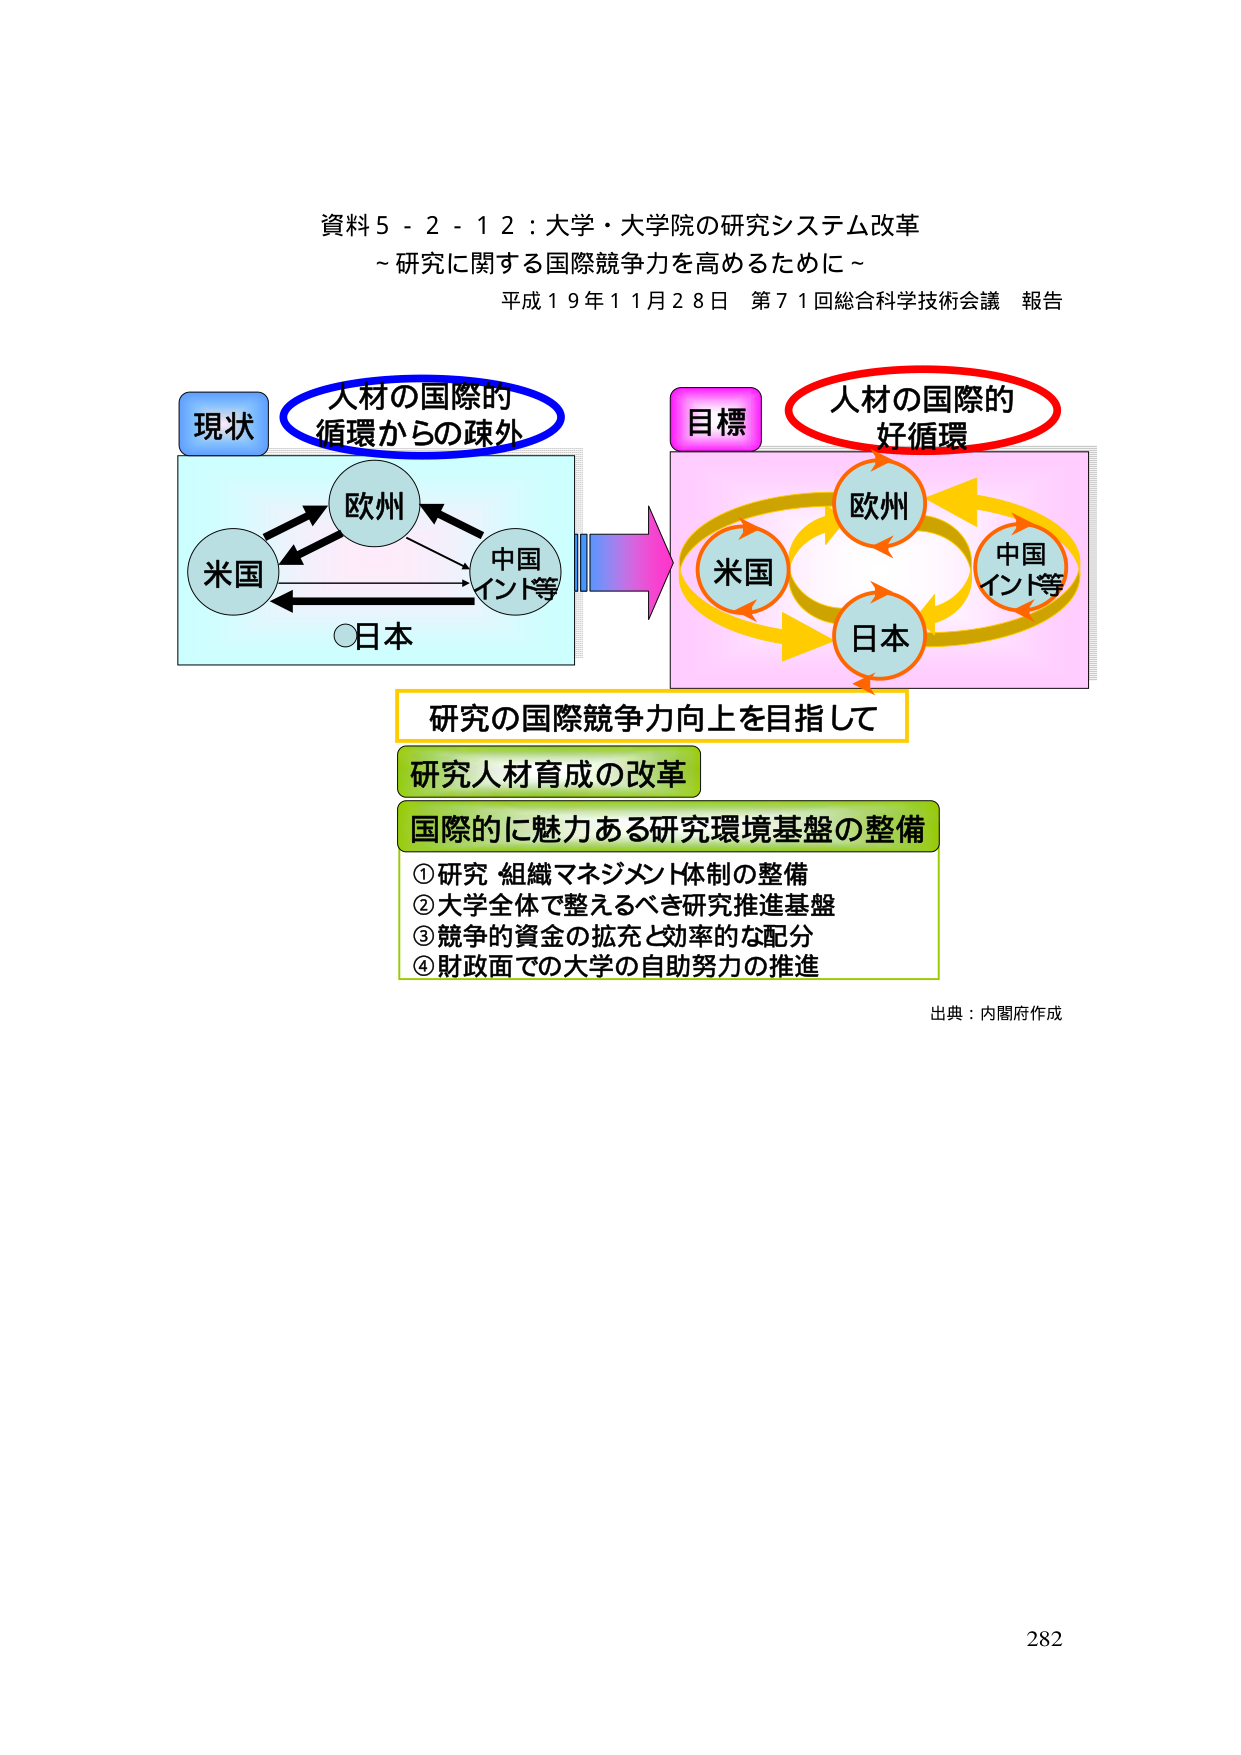
資料５－２－１２：大学・大学院の研究システム改革
～研究に関する国際競争力を高めるために～
平成１９年１１月２８日 第７１回総合科学技術会議 報告

現状
人材の国際的
循環からの疎外
米国
欧州
中国
インド等
○日本

目標
人材の国際的
好循環
米国
欧州
中国
インド等
日本

研究の国際競争力向上を目指して
研究人材育成の改革
国際的に魅力ある研究環境基盤の整備
①研究 組織マネジメント体制の整備
②大学全体で整えるべき研究推進基盤
③競争的資金の拡充と効率的な配分
④財政面での大学の自助努力の推進

出典：内閣府作成

282